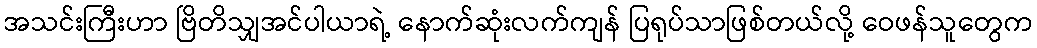
အသင်းကြီးဟာ ဗြိတိသျှအင်ပါယာရဲ့ နောက်ဆုံးလက်ကျန် ပြရုပ်သာဖြစ်တယ်လို့ ဝေဖန်သူတွေက